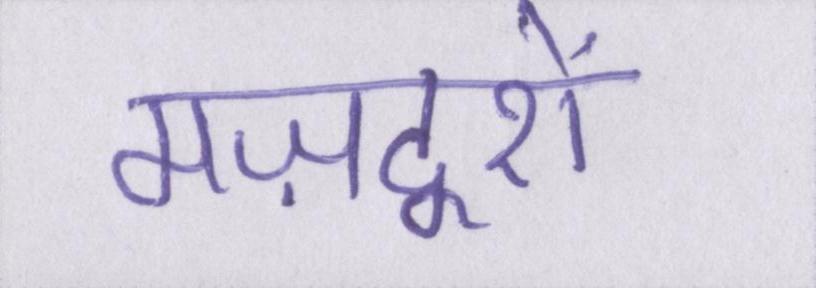
मज़दूरों